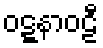
ဝဋ္ဋနာဝဠီ